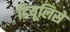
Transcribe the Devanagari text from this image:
डियूलिसे